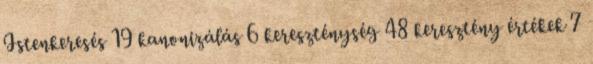
Istenkeresés 19 kanonizálás 6 kereszténység 48 keresztény értékek 7